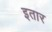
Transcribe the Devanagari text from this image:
इतार